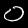
Label: 0